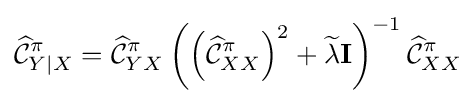
{\widehat {\mathcal {C}}}_{Y\mid X}^{\pi }={\widehat {\mathcal {C}}}_{YX}^{\pi }\left(\left({\widehat {\mathcal {C}}}_{XX}^{\pi }\right)^{2}+{\widetilde {\lambda }}\mathbf {I} \right)^{-1}{\widehat {\mathcal {C}}}_{XX}^{\pi }